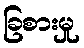
ခြစားမှု